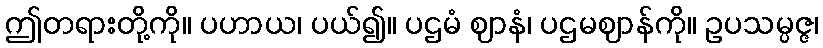
ဤတရားတို့ကို။ ပဟာယ၊ ပယ်၍။ ပဌမံ ဈာနံ၊ ပဌမဈာန်ကို။ ဥပသမ္ပဇ္ဇ၊